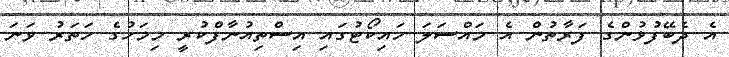
އެ ދެބޭފުޅުންގެ ފަރާތުން އެ މައްސަލަ ހައިކޯޓުގައި އިސްތިއުނާފްކުރީ މިމަހުގެ ހަތަރު ވަނަ